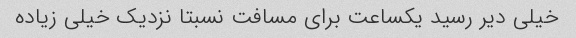
خیلی دیر رسید یکساعت برای مسافت نسبتا نزدیک خیلی زیاده